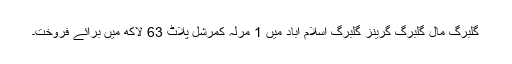
گلبرگ مال گلبرگ گرینز گلبرگ اسلام آباد میں 1 مرلہ کمرشل پلاٹ 63 لاکھ میں برائے فروخت۔